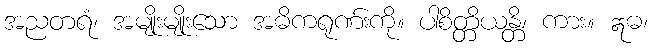
အညတရံ၊ အမျိုးမျိုးသော အဓိကရုဏ်းကို။ ပါစိတ္တိယန္တိ၊ ကား။ ဣဓ၊